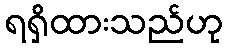
ရရှိထားသည်ဟု